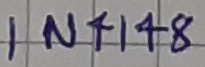
Text: IN4148